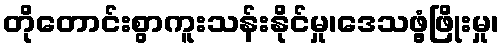
တိုတောင်းစွာကူးသန်းနိုင်မှု၊ဒေသဖွံ့ဖြိုးမှု၊